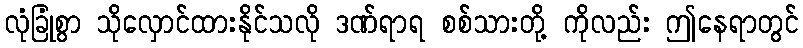
လုံခြုံစွာ သိုလှောင်ထားနိုင်သလို ဒဏ်ရာရ စစ်သားတို့ ကိုလည်း ဤနေရာတွင်